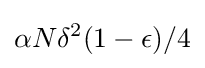
\alpha N\delta ^{2}(1-\epsilon )/4